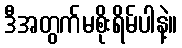
ဒီအတွက်မစိုးရိမ်ပါနဲ့။